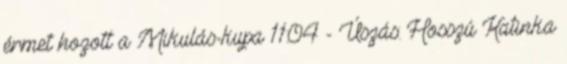
érmet hozott a Mikulás-kupa 11:04 - Úszás: Hosszú Katinka